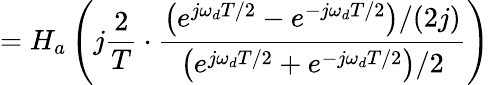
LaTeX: =H_{a}\left(j{\frac{2}{T}}\cdot{\frac{\left(e^{j\omega_{d}T/2}-e^{-j\omega_{d}T/2}\right)/(2j)}{\left(e^{j\omega_{d}T/2}+e^{-j\omega_{d}T/2}\right)/2}}\right)